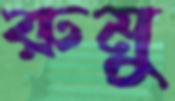
রুমু